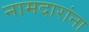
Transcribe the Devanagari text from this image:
नामदारांना